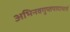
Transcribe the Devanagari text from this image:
अभिनवगुप्तपादाचार्य